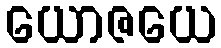
ယောဇယေ